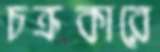
চক্রকারে